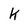
Character: k